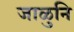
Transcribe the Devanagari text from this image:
जाळुनि